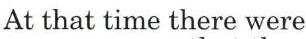
At that time there were